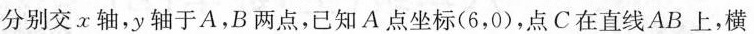
分别交x轴，y轴于A，B两点，已知A点坐标(6，0)，点C在直线AB上，横